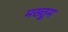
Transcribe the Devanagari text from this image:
मख्तुूम